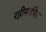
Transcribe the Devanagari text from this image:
रहीमरचित